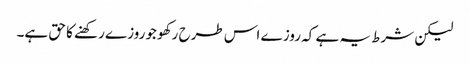
لیکن شرط یہ ہے کہ روز ے اس طرح رکھو جوروزے رکھنے کا حق ہے۔